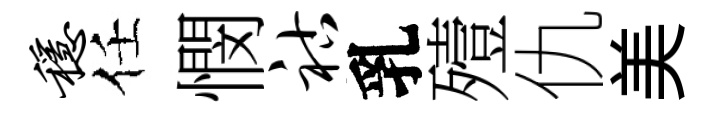
稳任憫祜乳殪仇美